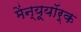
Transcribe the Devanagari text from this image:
मेंन्यूयॉर्क